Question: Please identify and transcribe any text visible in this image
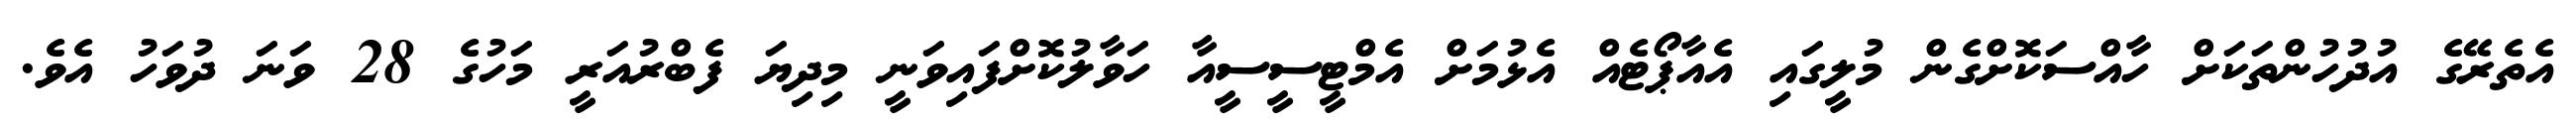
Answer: އެތެރޭގެ އުދުހުންތަކަށް ހާއްސަކޮށްގެން މުލީގައި އެއާޕޯޓެއް އެޅުމަށް އެމްޓީސީސީއާ ހަވާލުކޮށްފައިވަނީ މިދިޔަ ފެބްރުއަރީ މަހުގެ 28 ވަނަ ދުވަހު އެވެ.